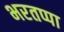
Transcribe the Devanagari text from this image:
भरतप्पा